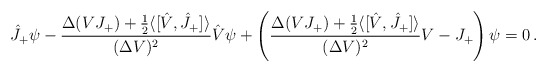
\begin{align*} \hat{J}_+\psi- \frac{\Delta(VJ_+)+\frac{1}{2}\langle[\hat{V},\hat{J}_+]\rangle}{(\Delta V)^2} \hat{V}\psi+ \left(\frac{\Delta(VJ_+)+\frac{1}{2}\langle[\hat{V},\hat{J}_+]\rangle}{(\Delta V)^2} V-J_+\right) \psi=0\,.\end{align*}